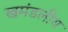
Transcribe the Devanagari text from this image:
खमंडलीय